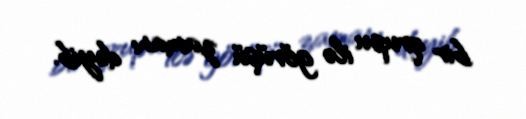
bir qrupu ilə görüşü zamanı deyib.